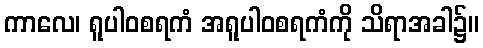
ကာလေ၊ ရူပါဝစရကံ အရူပါဝစရကံကို သိရာအခါ၌။